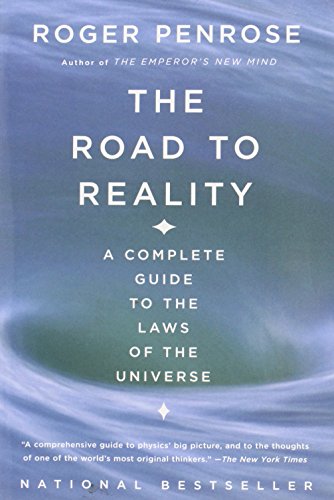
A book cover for The Road to Reality: A Complete Guide to the Laws of the Universe; Roger Penrose; Science & Math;